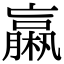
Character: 𣜄